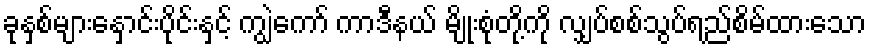
ခုနှစ်များနှောင်းပိုင်းနှင့် ကျွဲကော် ကာဒီနယ် မျိုးစုံတို့ကို လျှပ်စစ်သွပ်ရည်စိမ်ထားသော